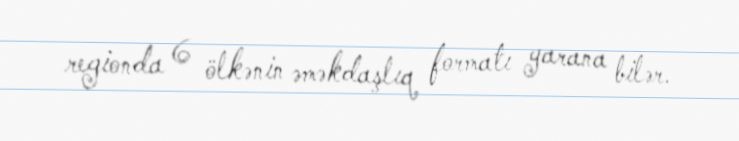
regionda 6 ölkənin əməkdaşlıq formatı yarana bilər.